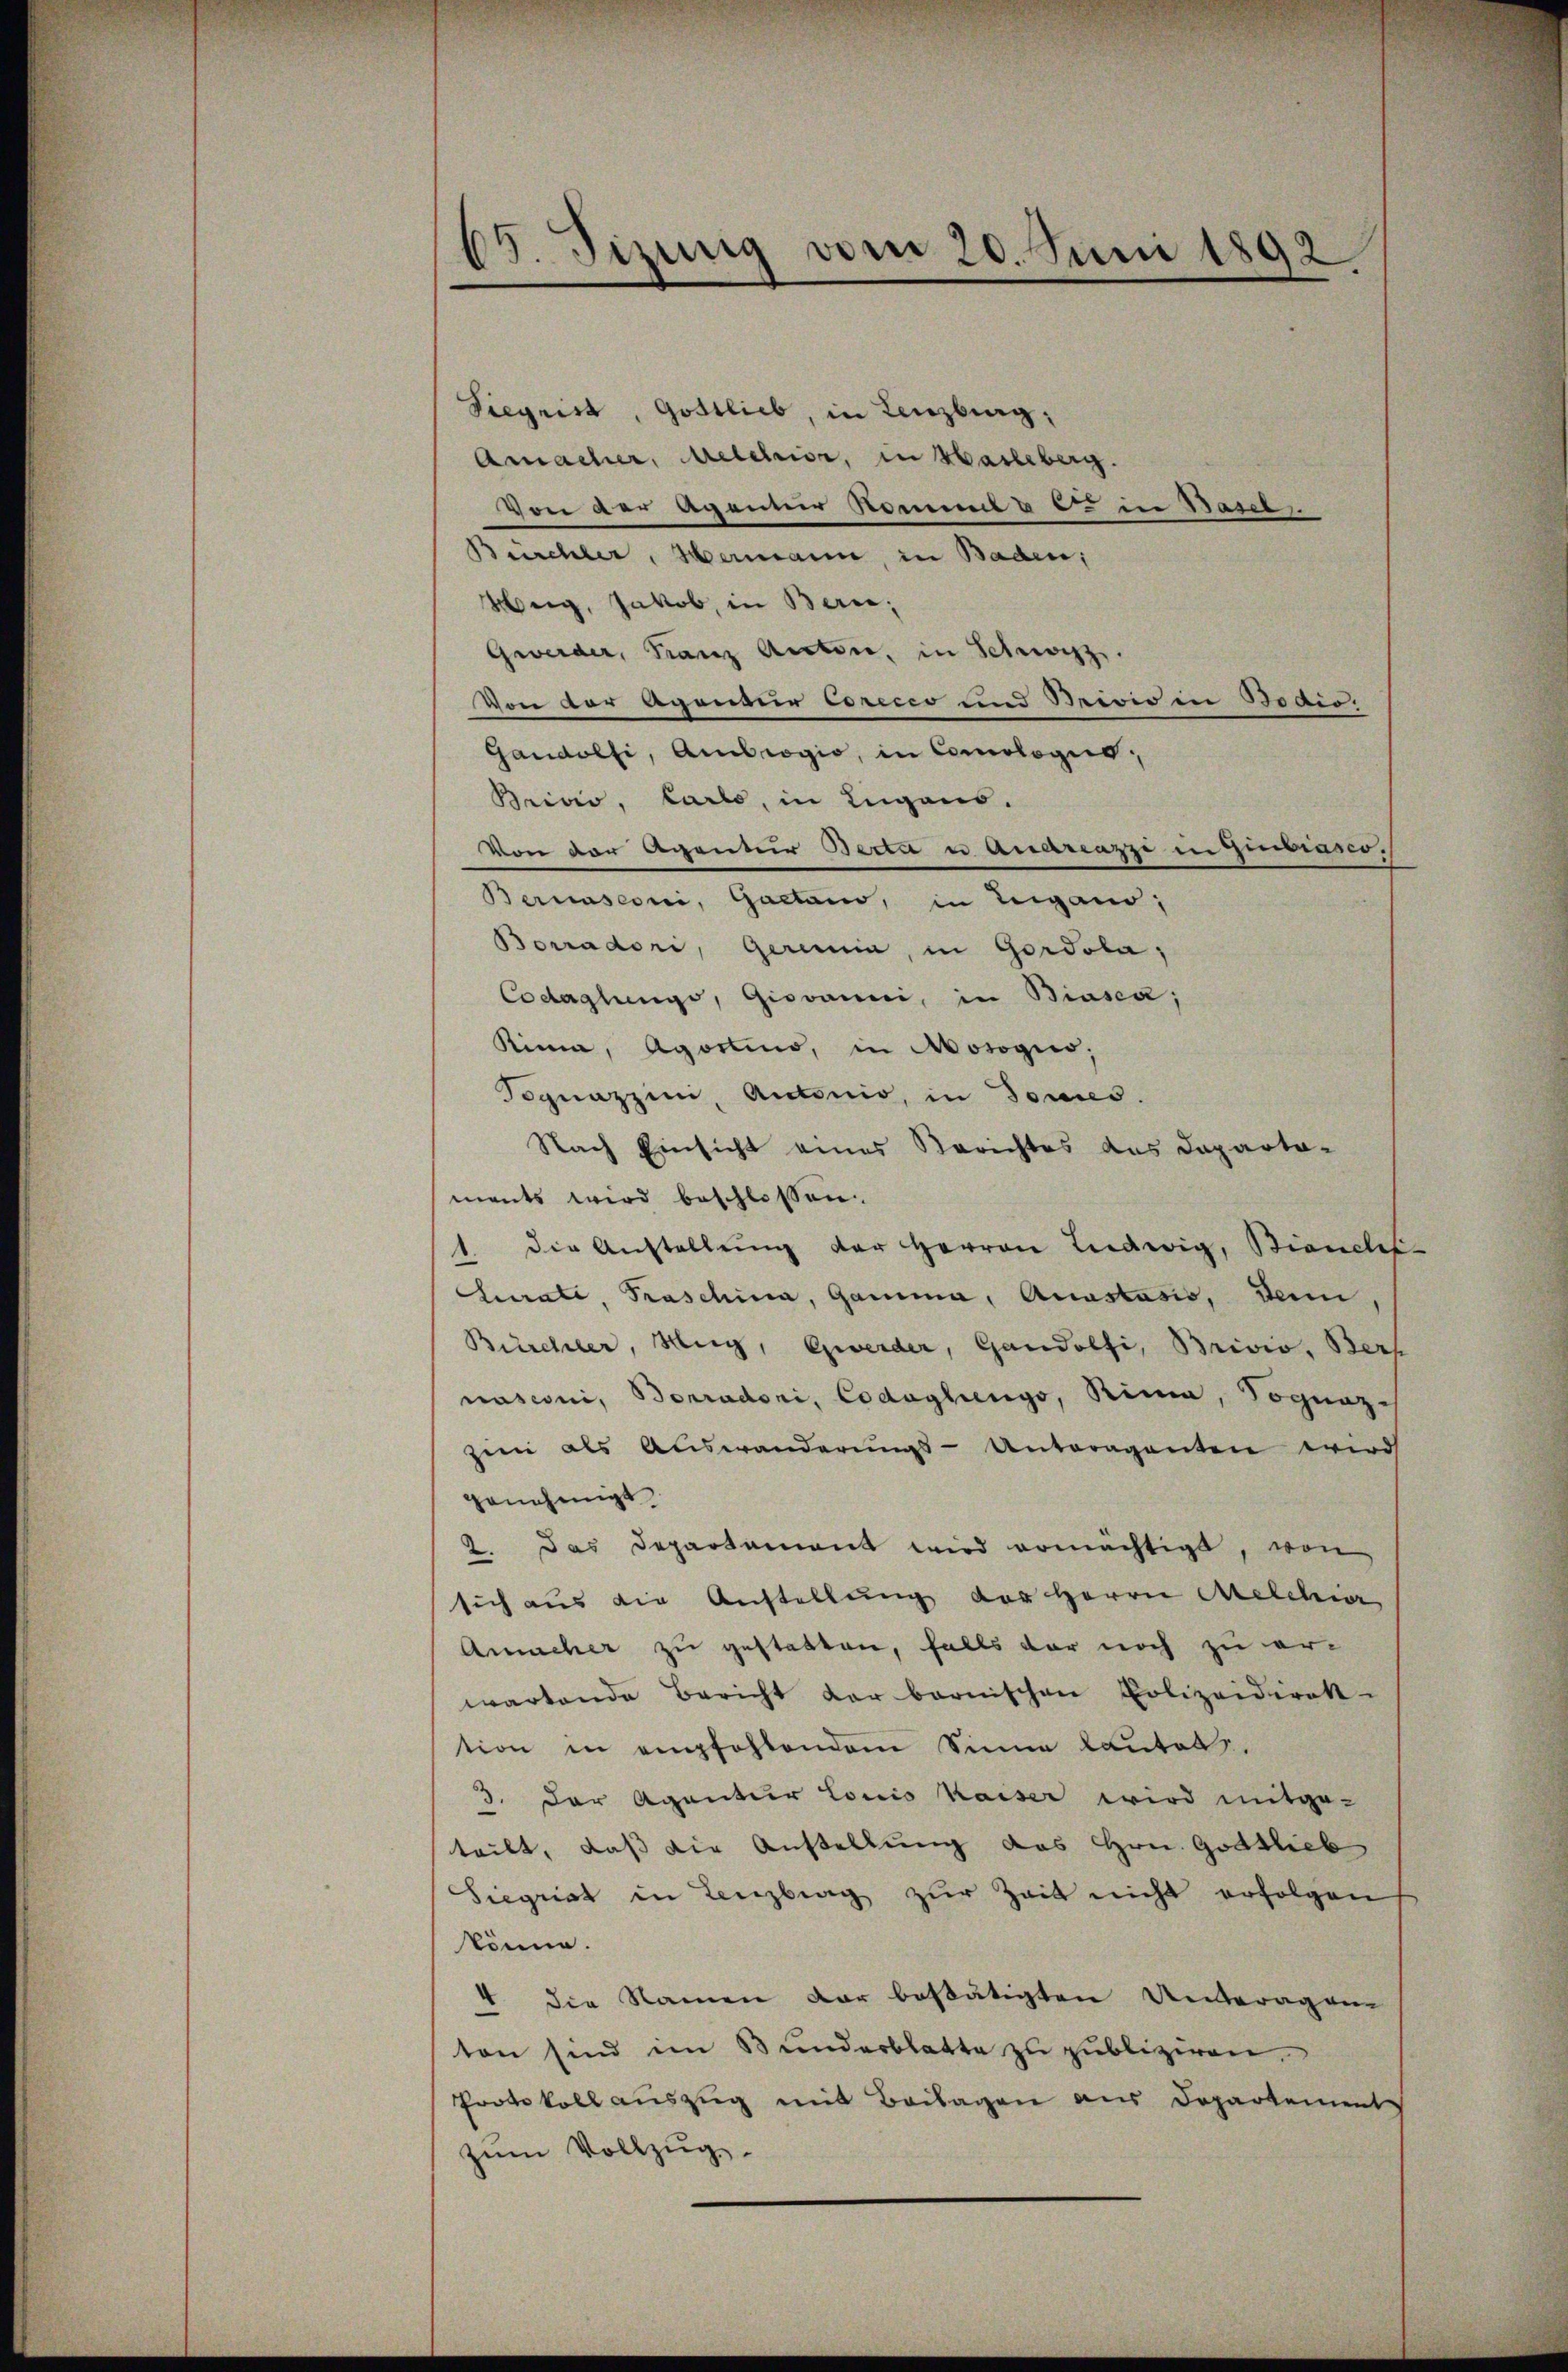
19. Jizung vom 20. Juni 1892.

Siegrist, Gottlieb, in Lenzburg,
Amacher, Melchior, in Hasleberg.
Von der Aganner Kommt & es in Basel,
Bürchler, Hermann, in Baden,
Weg, Jakob, in Bern,
Gewerder, Franz Acten, in Schwarz.
Von der Agender Corecio und Beivio in Bodis
Gandolfi, Ambrogio, in Comologis,
Brivis, Carlo, in Lugans.
Von der Agentier Berta u Quareazzi in Herrensdo
Bernasconi, Gaetano, in Lugano,
Borradori, gerein, in Gordola,
Codaglunge, Giovanni, in Biasca;
Rina, Agortino, in Mosogis,
Sognazzini, Antonio, in Sonnes.
Nach Einsicht eines Berichtes des Departa-
ments wird beschlossen.
1. die Anstellŭng der Herren Ludwig, Bianche-
Chate, Praschina, Gama, Anastasis, Dein
Bürcher, Mig, Zweider, Gandolfi, Brivio, Ber
nasconi, Bonradoni, Codaglings, Rina, Sognaz
zin als Auswanderŭngs-Antragenten wird
genehmigt
2. Das Departament wird ermächtigt, von
sich aus die Anstellung des Herrn Melchior
Anncher zu gestatten, falls der noch zu erwartende Bericht der barnischen Polizeidirek-
tion in empfohlendem Sinne lautol.
3. Der Agantier Louis kaiser wird mitge-
teilt, daß die Anstellung des Hrn. Gottlieb
Siegrist in Lenzberg zŭr Zeit nicht erfolgen
könne.
4 die Namen dar besätigten Unteragen
ten sind im Bunderblatte zu publiziren.
Protokoll auszug mit Beilagen aus Departement
zum Vollzug.